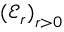
( { \mathcal E _ { r } ) } _ { r > 0 }